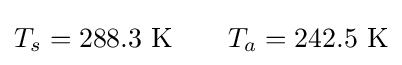
T_{s}=288.3~\mathrm {K} \qquad T_{a}=242.5~\mathrm {K}